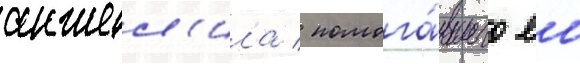
анжел'ила / помога́вшего еи